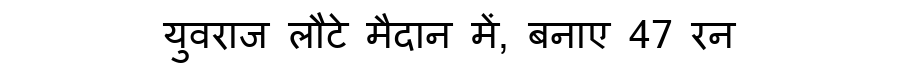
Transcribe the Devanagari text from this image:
युवराज लौटे मैदान में, बनाए 47 रन